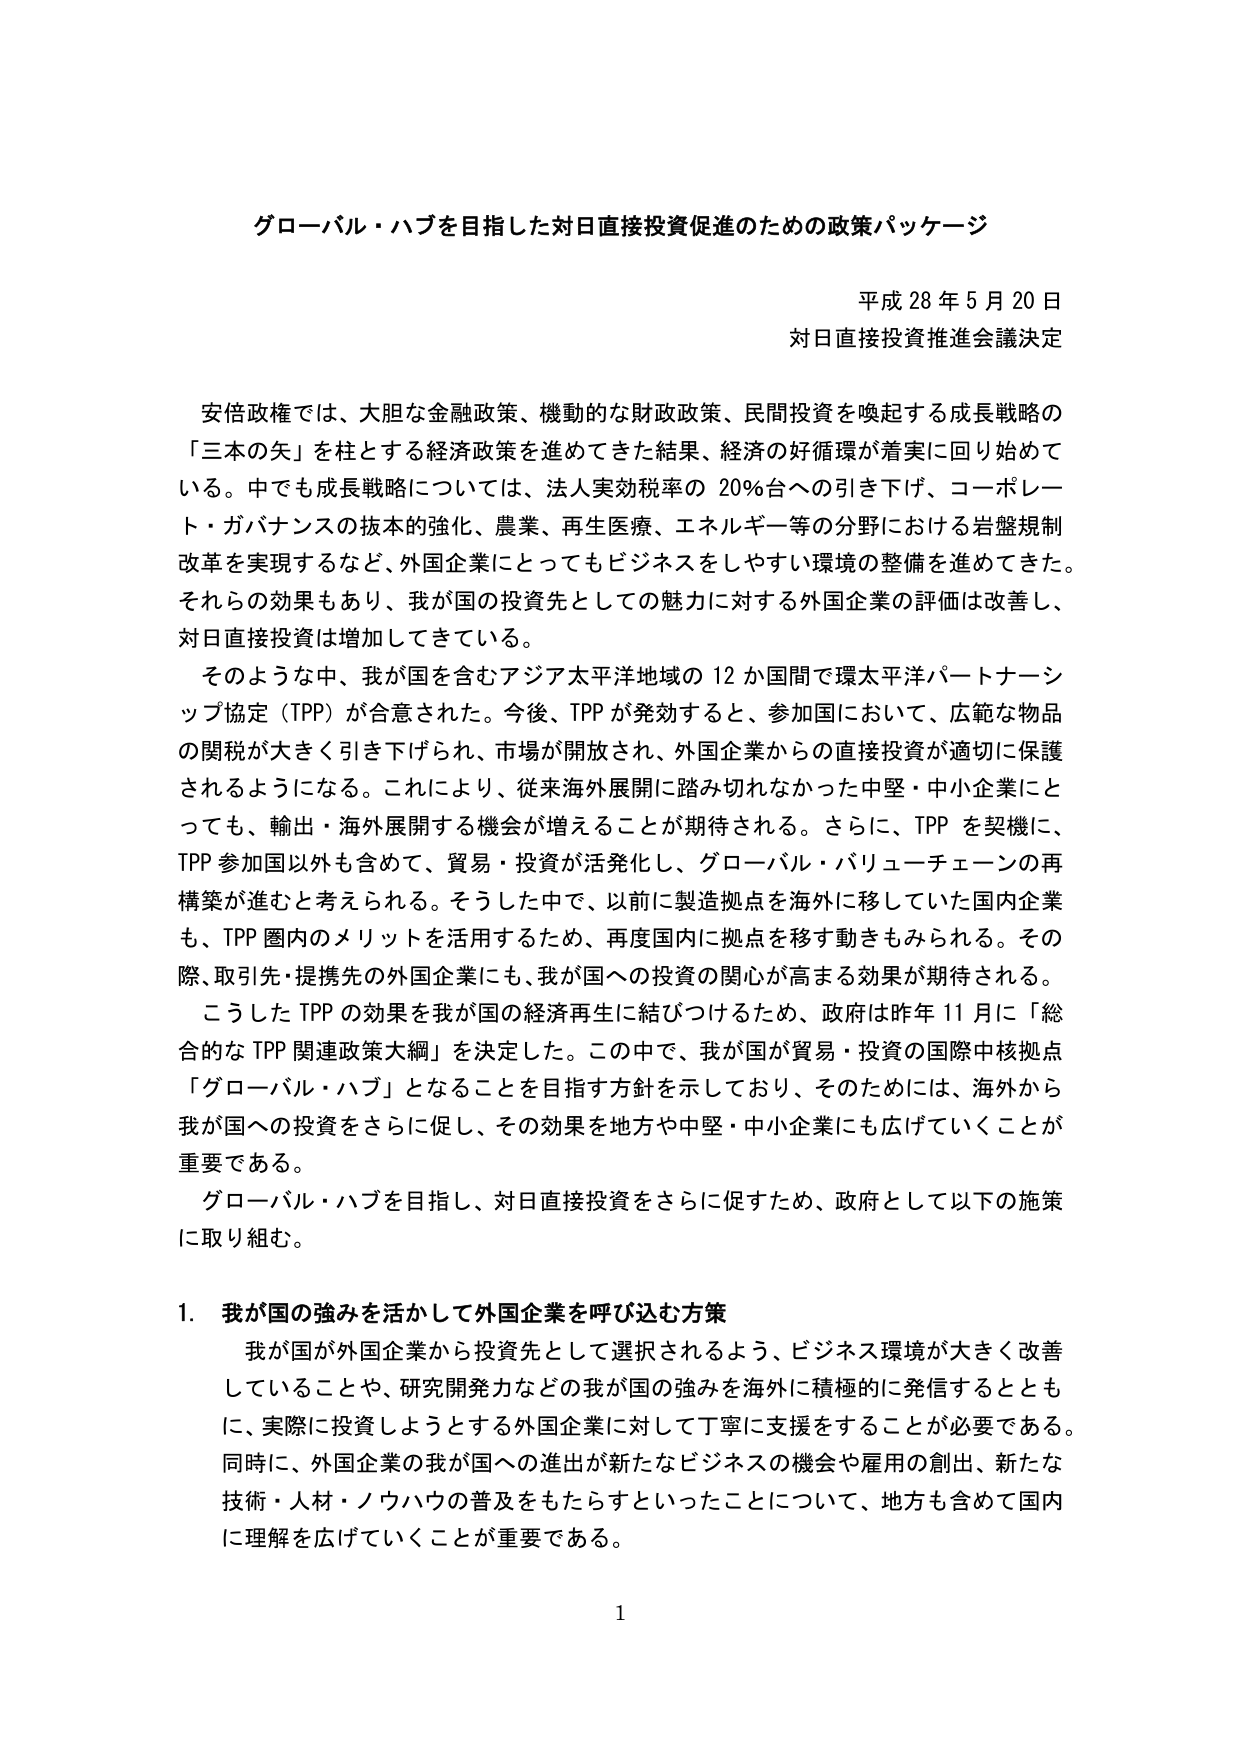
グローバル・ハブを目指した対日直接投資促進のための政策パッケージ

平成28年5月20日
対日直接投資推進会議決定

安倍政権では、大胆な金融政策、機動的な財政政策、民間投資を喚起する成長戦略の
「三本の矢」を柱とする経済政策を進めてきた結果、経済の好循環が着実に回り始めて
いる。中でも成長戦略については、法人実効税率の20％台への引き下げ、コーポレート・ガバナンスの抜本的強化、農業、再生医療、エネルギー等の分野における岩盤規制改革を実現するなど、外国企業にとってもビジネスをしやすい環境の整備を進めてきた。それらの効果もあり、我が国の投資先としての魅力に対する外国企業の評価は改善し、対日直接投資は増加してきている。

そのような中、我が国を含むアジア太平洋地域の12か国間で環太平洋パートナーシップ協定（TPP）が合意された。今後、TPPが発効すると、参加国において、広範な物品の関税が大きく引き下げられ、市場が開放され、外国企業からの直接投資が適切に保護されるようになる。これにより、従来海外展開に踏み切れなかった中堅・中小企業にとっても、輸出・海外展開する機会が増えることが期待される。さらに、TPPを契機に、TPP参加国以外も含めて、貿易・投資が活発化し、グローバル・バリューチェーンの再構築が進むと考えられる。そうした中で、以前に製造拠点を海外に移していた国内企業も、TPP圏内のメリットを活用するため、再度国内に拠点を移す動きもみられる。その際、取引先・提携先の外国企業にも、我が国への投資の関心が高まる効果が期待される。

こうしたTPPの効果を我が国の経済再生に結びつけるため、政府は昨年11月に「総合的なTPP関連政策大綱」を決定した。この中で、我が国が貿易・投資の国際中核拠点「グローバル・ハブ」となることを目指す方針を示しており、そのためには、海外から我が国への投資をさらに促し、その効果を地方や中堅・中小企業にも広げていくことが重要である。

グローバル・ハブを目指し、対日直接投資をさらに促すため、政府として以下の施策に取り組む。

1. 我が国の強みを活かして外国企業を呼び込む方策
我が国が外国企業から投資先として選択されるよう、ビジネス環境が大きく改善していることや、研究開発力などの我が国の強みを海外に積極的に発信するとともに、実際に投資しようとする外国企業に対して丁寧に支援することが必要である。同時に、外国企業の我が国への進出が新たなビジネスの機会や雇用の創出、新たな技術・人材・ノウハウの普及をもたらすといったことについて、地方も含めて国内に理解を広げていくことが重要である。

1